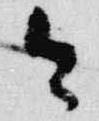
令